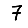
Digit: 7